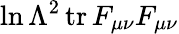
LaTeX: \ln\Lambda^{2}\, \mathrm{tr}\, F_{\mu\nu}F_{\mu\nu}